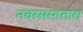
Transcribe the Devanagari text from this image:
नवरससातारा